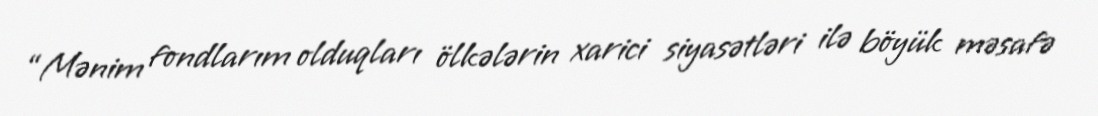
“Mənim fondlarım olduqları ölkələrin xarici siyasətləri ilə böyük məsafə